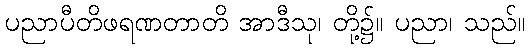
ပညာပီတိဖရဏတာတိ အာဒီသု၊ တို့၌။ ပညာ၊ သည်။